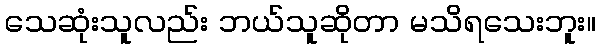
သေဆုံးသူလည်း ဘယ်သူဆိုတာ မသိရသေးဘူး။